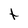
Character: t